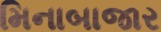
મિનાબાજાર